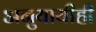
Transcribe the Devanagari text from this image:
अनुयायीही